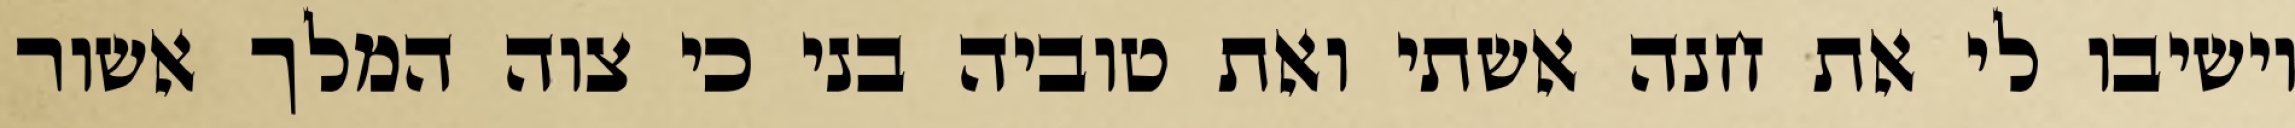
וישיבו לי את חנה אשתי ואת טוביה בני כי צוה המלך אשור